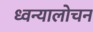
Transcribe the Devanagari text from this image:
ध्वन्यालोचन